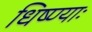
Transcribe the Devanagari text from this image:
धिष्ण्याः